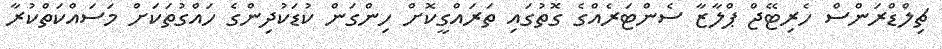
ޗިލްޑްރަންސް ހެރިޓޭޖް ޕްލާޒާ ސެންޓަރެއްގެ ގޮތުގައި ތަރައްގީކޮށް ހިންގަން ކުޑަކުދިންގެ ހައްގުތަކަށް މަސައްކަތްކުރާ